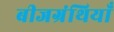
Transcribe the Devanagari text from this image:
बीजग्रंथियाँ